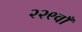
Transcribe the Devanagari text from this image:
२२९वाँ